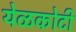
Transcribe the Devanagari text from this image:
येळकोटी